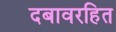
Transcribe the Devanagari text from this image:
दबावरहित